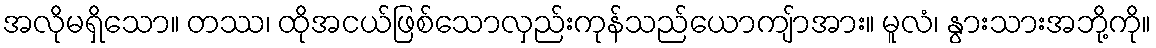
အလိုမရှိသော။ တဿ၊ ထိုအငယ်ဖြစ်သောလှည်းကုန်သည်ယောကျ်ာအား။ မူလံ၊ နွားသားအဘို့ကို။